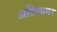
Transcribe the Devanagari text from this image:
अग्निसागर